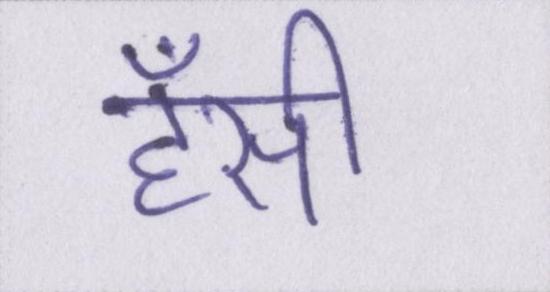
हॅसी